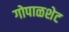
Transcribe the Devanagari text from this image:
गोपाळशेट